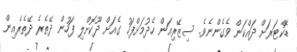
ޑޮކްޓަރަށް ދައްކަން ވެގެންނެވެ. ސިޒޭރިއަން ހެދުމަށްފަހު ގެއަށް ދޫކޮށްލި ފަހުން ދޭތެރެ ދޭތެރެއިން